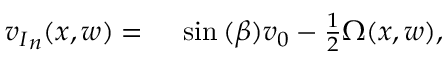
\begin{array} { r l } { { v _ { I } } _ { n } ( x , w ) = { } } & { { } \sin { ( \beta ) } v _ { 0 } - \frac { 1 } { 2 } \Omega ( x , w ) , } \end{array}